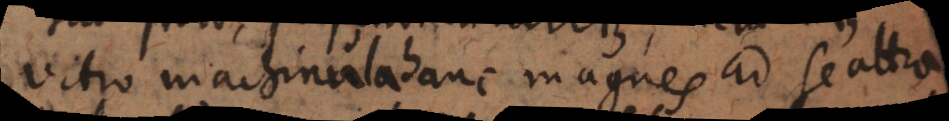
vitro machinula hanc magnes ad se attra